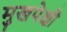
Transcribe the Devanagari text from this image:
मुखपेक्षी